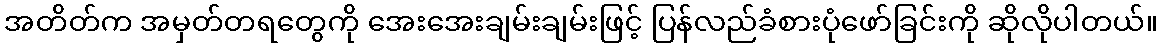
အတိတ်က အမှတ်တရတွေကို အေးအေးချမ်းချမ်းဖြင့် ပြန်လည်ခံစားပုံဖော်ခြင်းကို ဆိုလိုပါတယ်။